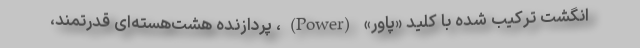
انگشت ترکیب شده با کلید «پاور» (Power)، پردازنده هشت‌هسته‌ای قدرتمند،